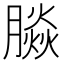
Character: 𰯚